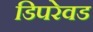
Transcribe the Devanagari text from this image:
डिपरेवड